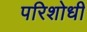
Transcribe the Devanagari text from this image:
परिशोधी